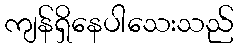
ကျန်ရှိနေပါသေးသည်